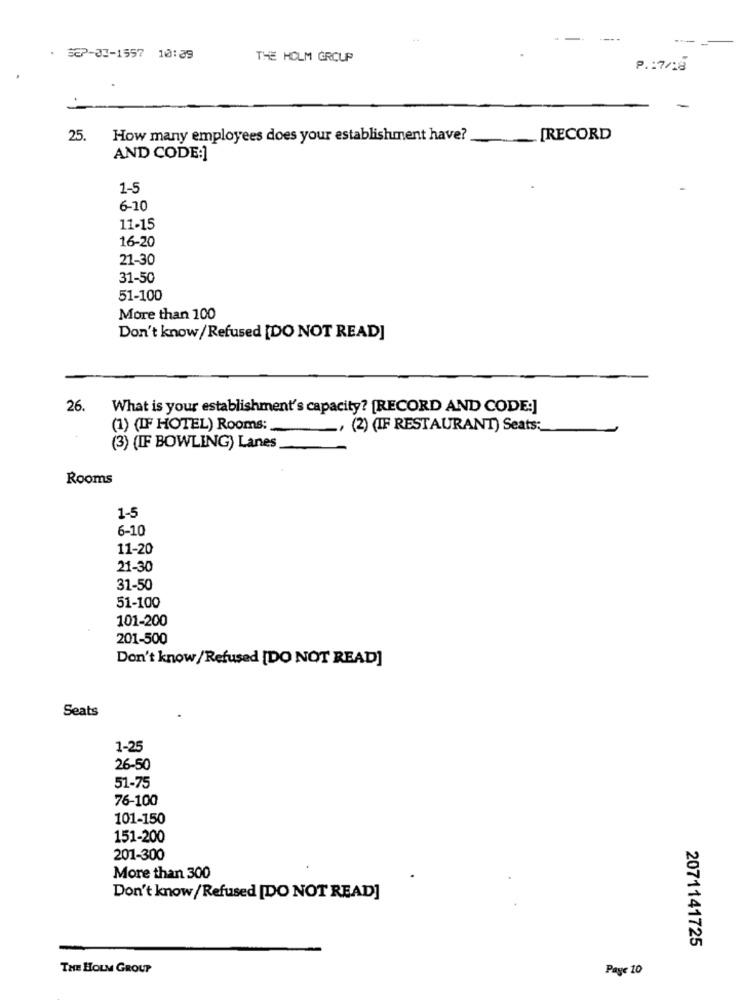
. 37-03-1557 10:39
THE HOLM GROUP
P .: 7/18
25.
How many employees does your establishment have?
[RECORD
AND CODE:]
1-5
6-10
11-15
16-20
21-30
31-50
51-100
More than 100
Don't know / Refused [DO NOT READ]
26.
What is your establishment's capacity? [RECORD AND CODE:]
(1) (IF HOTEL) Rooms:
--
-, (2) (IF RESTAURANT) Seats;
(3) {IF BOWLING) Lanes
Rooms
1-5
6-10
11-20
21-30
31-50
51-100
101-200
201-500
Don't know /Refused [DO NOT READ]
Seats
1-25
26-50
51-75
76-100
101-150
151-200
201-300
More than 300
Don't know / Refused [DO NOT READ]
2071141725
THE HOLM GROUP
Page 10